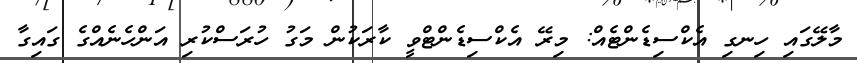
މާލޭގައި ހިނގި އެކްސިޑެންޓެއް: މިރޭ އެކްސިޑެންޓްވީ ކާރަކުން މަގު ހުރަސްކުރި އަންހެނެއްގެ ގައިގާ